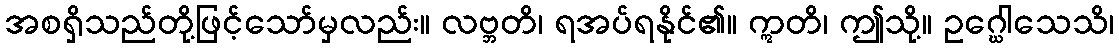
အစရှိသည်တို့ဖြင့်သော်မှလည်း။ လဗ္ဘတိ၊ ရအပ်ရနိုင်၏။ ဣတိ၊ ဤသို့။ ဥဂ္ဃေါသေသိ၊